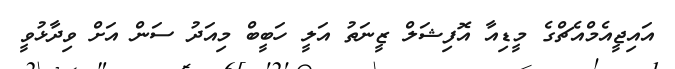
އައިޖީއެމްއެޗްގެ މީޑިއާ އޮފިޝަލް ޒީނަތު އަލީ ހަބީބް މިއަދު ސަން އަށް ވިދާޅުވީ